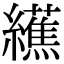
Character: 䌭